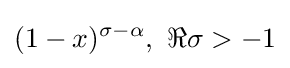
(1-x)^{\sigma -\alpha },\ \Re \sigma >-1